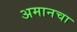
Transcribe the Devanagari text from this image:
अमानचा